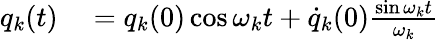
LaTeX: \begin{array}{rl}{q_{k}(t)}&{{}=q_{k}(0)\cos\omega_{k}t+\dot{q}_{k}(0)\frac{\sin\omega_{k}t}{\omega_{k}}}\end{array}